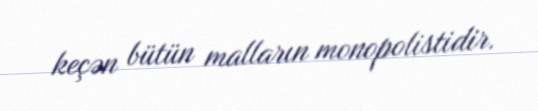
keçən bütün malların monopolistidir.